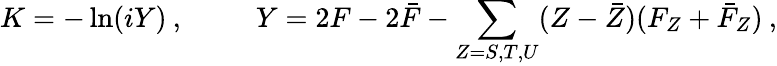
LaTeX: K=-\ln(iY)\: ,~~~~~~~~~~Y=2F-2\bar{F}-{\sum_{Z=S,T,U}}(Z-\bar{Z})(F_{Z}+\bar{F}_{Z})\: ,